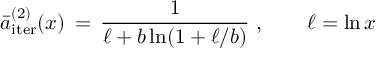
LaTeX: \bar { a } _ { \mathrm { i t e r } } ^ { ( 2 ) } ( x ) \, = \, \frac { 1 } { \ell + b \ln ( 1 + \ell / b ) } ~ , \qquad \ell = \ln x \,